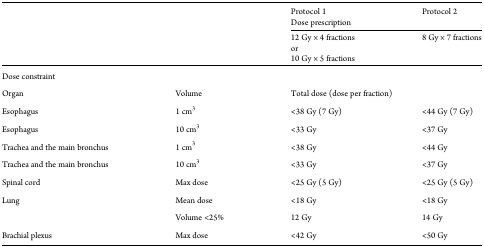
| <ROWSPAN=3>  | <ROWSPAN=3>  | Protocol 1 | Protocol 2 |
 | <COLSPAN=2> Dose prescription |
 | 12 Gy × 4 fractions or 10 Gy × 5 fractions | 8 Gy × 7 fractions |
 | --- | --- | --- | --- |
 | <COLSPAN=4> Dose constraint |
 | Organ | Volume | <COLSPAN=2> Total dose (dose per fraction) |
 | Esophagus | 1 cm3 | <38 Gy (7 Gy) | <44 Gy (7 Gy) |
 | Esophagus | 10 cm3 | <33 Gy | <37 Gy |
 | Trachea and the main bronchus | 1 cm3 | <38 Gy | <44 Gy |
 | Trachea and the main bronchus | 10 cm3 | <33 Gy | <37 Gy |
 | Spinal cord | Max dose | <25 Gy (5 Gy) | <25 Gy (5 Gy) |
 | Lung | Mean dose | <18 Gy | <18 Gy |
 |  | Volume <25% | 12 Gy | 14 Gy |
 | Brachial plexus | Max dose | <42 Gy | <50 Gy |